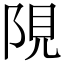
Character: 䧋